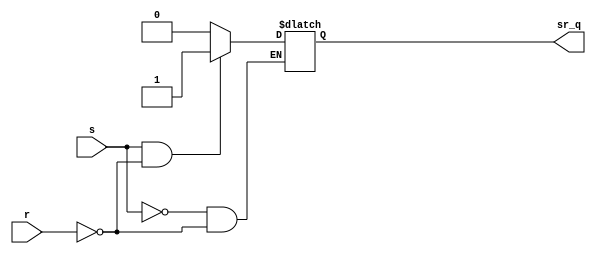
 //build a SR-Latch sub-module
//Last updated: 4/4/2019
/*
//'case' statement shows some porblems in debouncing
module sr_latch
(
	input s, r, 				//define input set, reset
	output sr_q 
	//output sr_qn				//define output q, qn
);
// set 4 statues in sr latch
parameter HOLD = 2'b00;		//define HOLD statue 
parameter SET = 2'b10;		//define SET  statue
parameter RESET = 2'b01;	//define RESET statue
parameter INVALID = 2'b11; //define INVALID statue

reg SR_Q;
//reg SR_QN;
assign sr_q = SR_Q;
//assign sr_qn = SR_QN;

always @(s,r)
	begin
		casex ({s,r})			//case statement to assign output
			HOLD:    begin SR_Q <= SR_Q;  end			//s == 0 && r == 0
			RESET:   begin SR_Q <= 1'b0;  end		//s == 0 && r == 1
			SET:     begin SR_Q <= 1'b1;  end		//s == 1 && r == 0
			INVALID: begin SR_Q <= 1'bx;  end		//s == 1 && r == 1
			default: begin SR_Q <= 1'b0;  end		//default setting: q = 0
		endcase	
	end
	
endmodule
*/

//create another SR-Latch with 'if' statement 
module sr_latch
(
	input s, r,		//define input set, reset
	output sr_q		//define output q
);

reg SR_Q;			
assign sr_q = SR_Q;

always @(s, r)
	begin
		if (s == 1'b0 && r == 1'b0) SR_Q <= SR_Q;			//hold or store
		else if (s == 1'b1 && r == 1'b0) SR_Q <= 1'b1;	//set
		else if (s == 1'b0 && r == 1'b1) SR_Q <= 1'b0;	//reset
		else SR_Q <= 1'bx;										//invalid
	end

endmodule